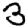
Digit: 3